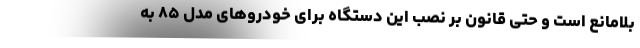
بلامانع است و حتی قانون بر نصب این دستگاه برای خودروهای مدل ۸۵ به